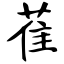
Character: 萑